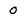
Character: 0